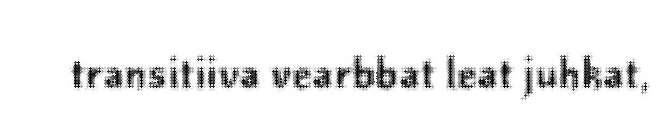
transitiiva vearbbat leat juhkat,